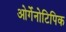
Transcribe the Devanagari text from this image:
ओर्गेनोटिपिक